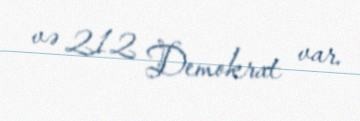
və 212 Demokrat var.